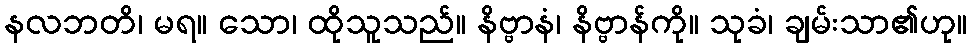
နလဘတိ၊ မရ။ သော၊ ထိုသူသည်။ နိဗ္ဗာနံ၊ နိဗ္ဗာန်ကို။ သုခံ၊ ချမ်းသာ၏ဟု။